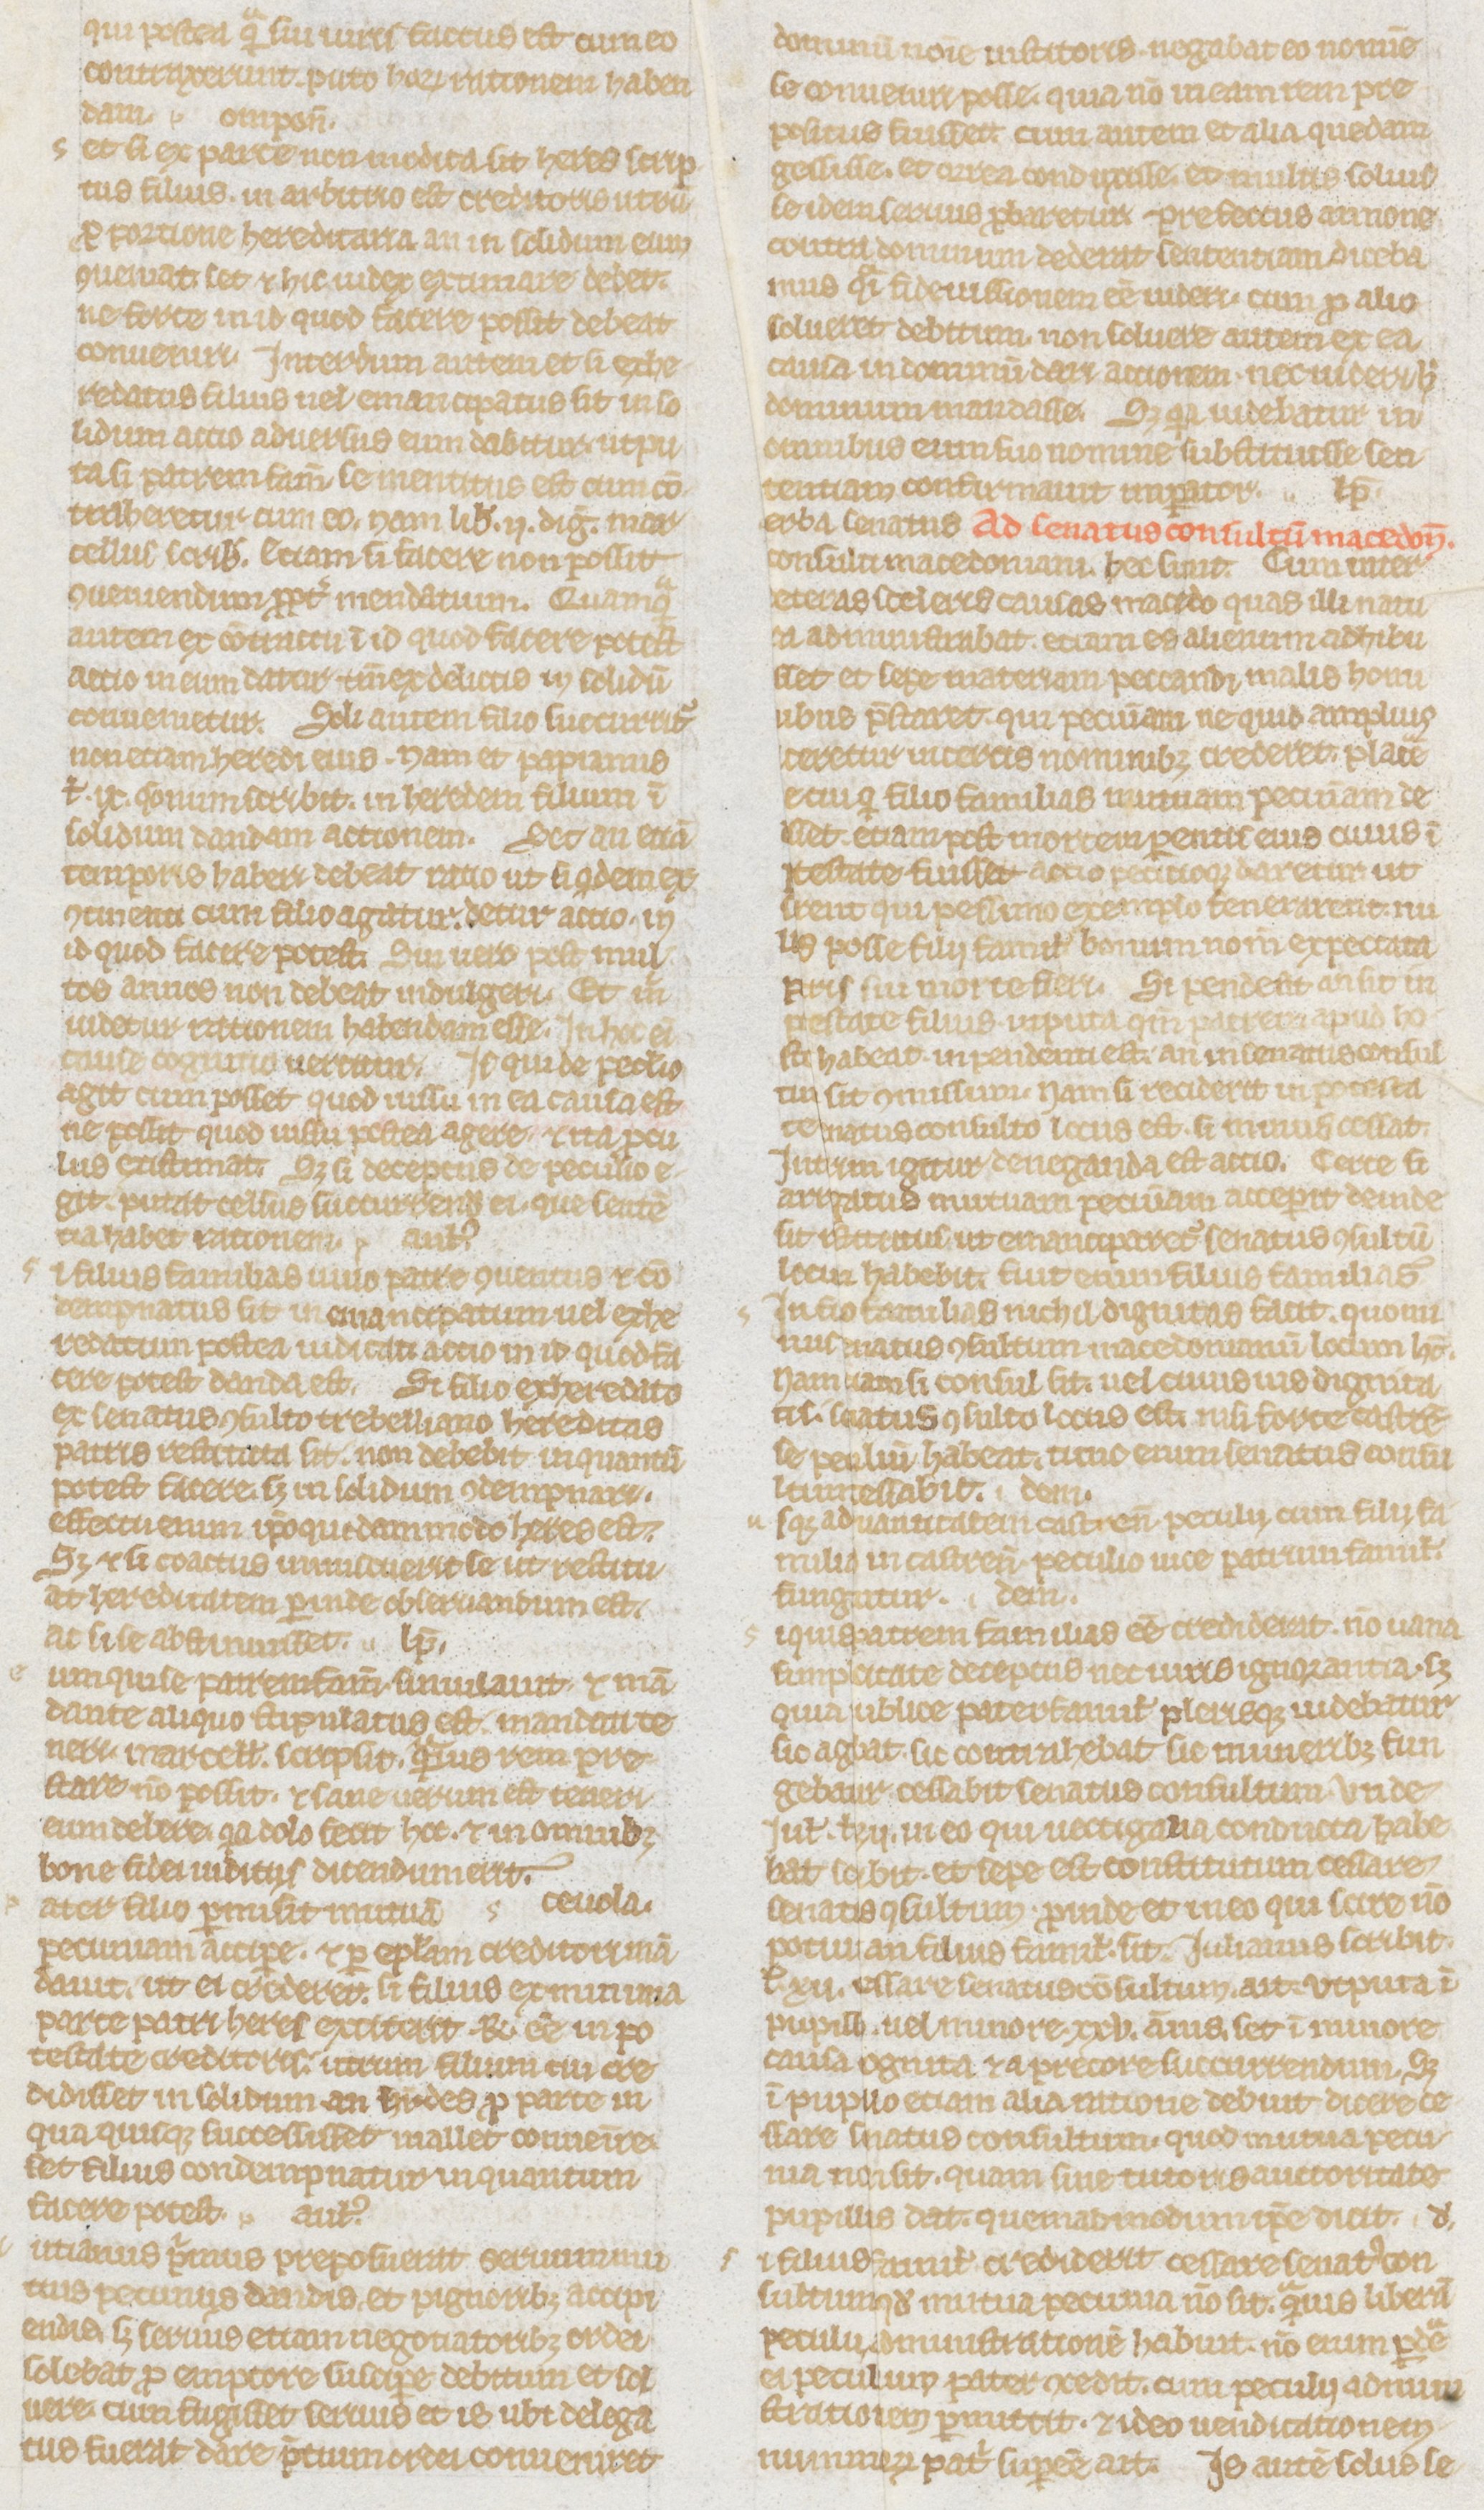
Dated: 1235–1265